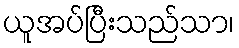
ယူအပ်ပြီးသည်သာ၊